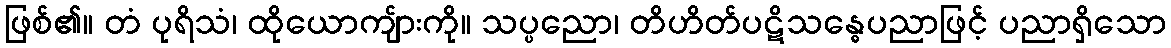
ဖြစ်၏။ တံ ပုရိသံ၊ ထိုယောကျ်ားကို။ သပ္ပညော၊ တိဟိတ်ပဋိသန္ဓေပညာဖြင့် ပညာရှိသော